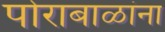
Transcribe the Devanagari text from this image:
पोराबाळांना